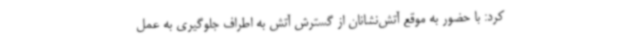
کرد: با حضور به موقع آتش‌نشانان از گسترش آتش به اطراف جلوگیری به عمل